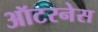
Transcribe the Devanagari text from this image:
ऑटरनेस